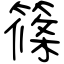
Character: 篠